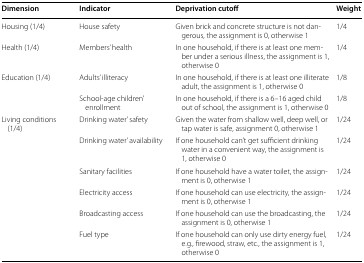
<table><thead><tr><td><b>Dimension</b></td><td><b>Indicator</b></td><td><b>Deprivation cutoff</b></td><td><b>Weight</b></td></tr></thead><tbody><tr><td>Housing (1/4)</td><td>House safety</td><td>Given brick and concrete structure is not dangerous, the assignment is 0, otherwise 1</td><td>1/4</td></tr><tr><td>Health (1/4)</td><td>Members’ health</td><td>In one household, if there is at least one member under a serious illness, the assignment is 1, otherwise 0</td><td>1/4</td></tr><tr><td rowspan="2">Education (1/4)</td><td>Adults’ illiteracy</td><td>In one household, if there is at least one illiterate adult, the assignment is 1, otherwise 0</td><td>1/8</td></tr><tr><td>School-age children’ enrollment</td><td>In one household, if there is a 6–16 aged child out of school, the assignment is 1, otherwise 0</td><td>1/8</td></tr><tr><td rowspan="6">Living conditions (1/4)</td><td>Drinking water’ safety</td><td>Given the water from shallow well, deep well, or tap water is safe, assignment 0, otherwise 1</td><td>1/24</td></tr><tr><td>Drinking water’ availability</td><td>If one household can’t get sufficient drinking water in a convenient way, the assignment is 1, otherwise 0</td><td>1/24</td></tr><tr><td>Sanitary facilities</td><td>If one household have a water toilet, the assignment is 0, otherwise 1</td><td>1/24</td></tr><tr><td>Electricity access</td><td>If one household can use electricity, the assignment is 0, otherwise 1</td><td>1/24</td></tr><tr><td>Broadcasting access</td><td>If one household can use the broadcasting, the assignment is 0, otherwise 1</td><td>1/24</td></tr><tr><td>Fuel type</td><td>If one household can only use dirty energy fuel, e.g., firewood, straw, etc., the assignment is 1, otherwise 0</td><td>1/24</td></tr></tbody></table>